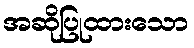
အဆိုပြုထားသော